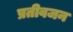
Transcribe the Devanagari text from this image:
प्रतीवजन